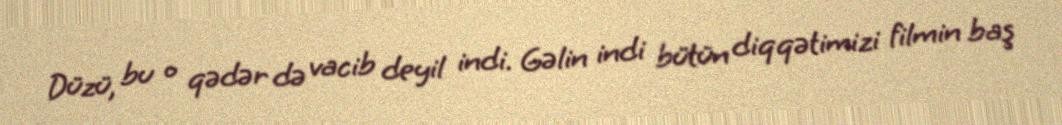
Düzü, bu o qədər də vacib deyil indi. Gəlin indi bütün diqqətimizi filmin baş